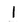
Character: l